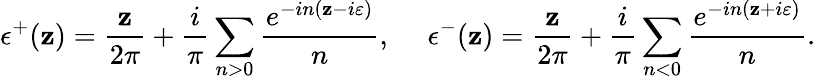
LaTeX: \epsilon^{+}(\mathbf{z})=\frac{{\mathbf{z}}}{{2\pi}}+\frac{{i}}{{\pi}}\sum_{n>0}\frac{{e^{-in(\mathbf{z}-i\varepsilon)}}}{{n}},~~~~~\epsilon^{-}(\mathbf{z})=\frac{{\mathbf{z}}}{{2\pi}}+\frac{{i}}{{\pi}}\sum_{n<0}\frac{{e^{-in(\mathbf{z}+i\varepsilon)}}}{{n}}.